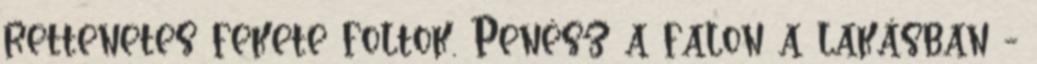
rettenetes fekete foltok. Penész a falon a lakásban -